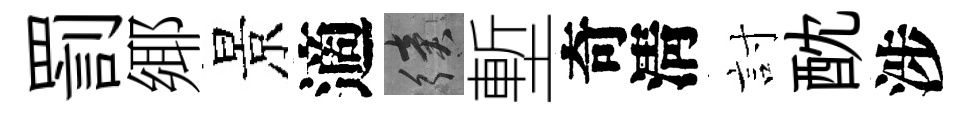
罰鄊景適續塹奇淸討酖涉